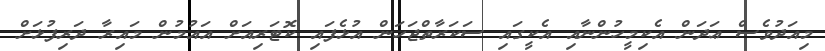
މިއަދުވެސް ޢަދަން އެކިމީހުންނާއި އެކީގައި ސަކަރާތްޖަހަން އުޅެފައި ކޮޓަރިއަށް އައުމުން މައިރާ ދަރިފުޅަށް